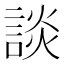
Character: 談